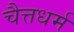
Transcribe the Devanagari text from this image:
चैत्तधर्म